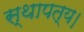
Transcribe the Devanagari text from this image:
स्थापत्य।